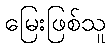
မြေးဖြစ်သူ